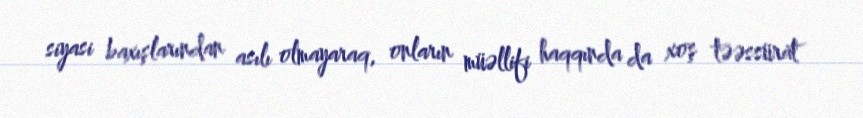
siyasi baxışlarından asılı olmayaraq, onların müəllifi haqqında da xoş təəssürat